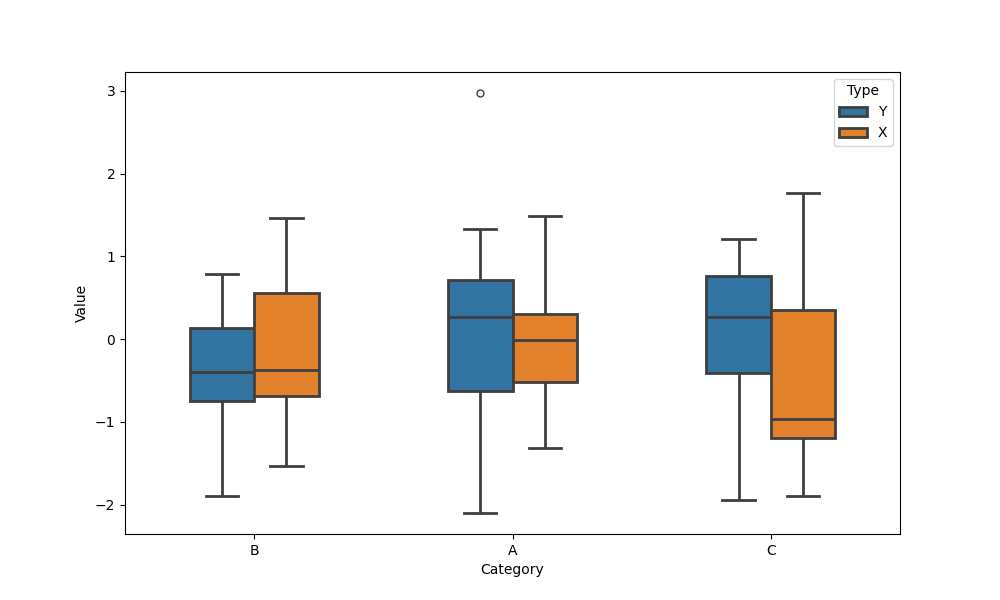
python, seaborn, boxplot, width=0.5, linewidth=2, fliersize=5, notch=False